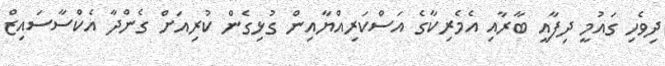
ދިވެހި ގައުމީ ދިފާއީ ބާރާއި އެމެރިކާގެ އަސްކަރިއްޔާއިން ގުޅިގެން ކުރިއަށް ގެންދާ އެކްސާސައިޒް